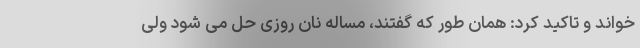
خواند و تاکید کرد: همان طور که گفتند، مساله نان روزی حل می شود ولی